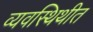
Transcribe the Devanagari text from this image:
व्यवस्थिथीत